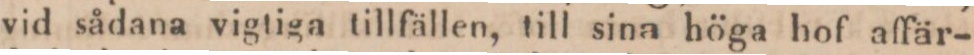
vid sådana vigtiga tillfällen, till sina höga hof affär-